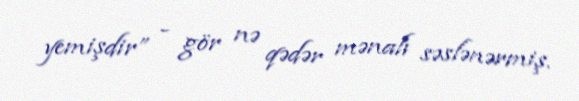
yemişdir” - gör nə qədər mənalı səslənərmiş.